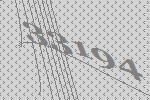
33194